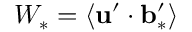
W _ { \ast } = \langle { { \bf { u } } ^ { \prime } \cdot { \bf { b } } _ { \ast } ^ { \prime } } \rangle